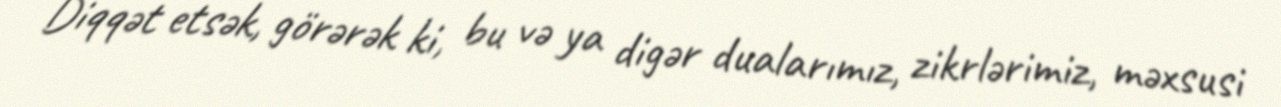
Diqqət etsək, görərək ki, bu və ya digər dualarımız, zikrlərimiz, məxsusi